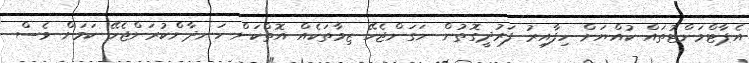
އެޕާޓްމަންޓުތައް ކުއްޔަށް ހިފާއިރު ފަރުދީގޮތުން ނަގަންޖެހޭ ޒިމާތަކެއް އޮތްކަން ހަނދާންކުރަންޖެހޭ ކަމަށް ވެސް